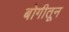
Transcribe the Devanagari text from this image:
बोगीतून